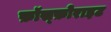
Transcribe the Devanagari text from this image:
फ़ॉस्फ़ोराइट